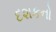
દશકનો